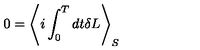
0 = \left< i \int _ { 0 } ^ { T } d t \delta L \right> _ { S }